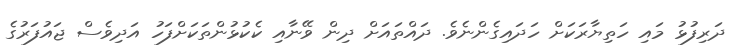
ދަރިފުޅު މައި ހަތިޔާރަކަށް ހަދައިގެންނެވެ. ދައްތައަށް ދިން ވޭނާއި ކެކުޅުންތަކަށްފަހު އަދިވެސް ޖައުފަރުގެ